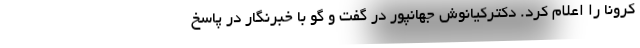
کرونا را اعلام کرد. دکترکیانوش جهانپور در گفت و گو با خبرنگار در پاسخ